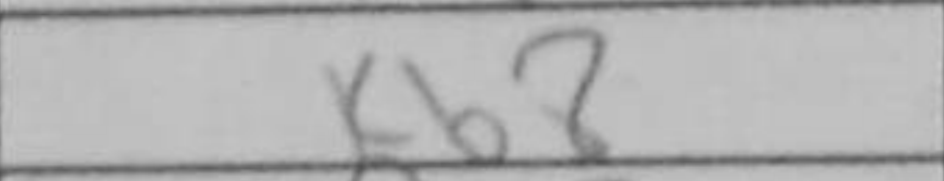
Transcription: Kb8